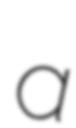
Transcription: a